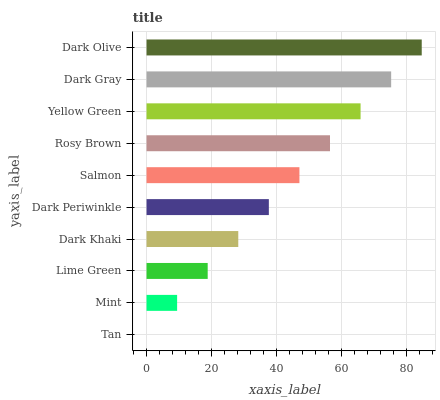
| yaxis_label | bars |
 | --- | --- |
 | Tan | 0 |
 | Mint | 9.42 |
 | Lime Green | 18.8 |
 | Dark Khaki | 28.3 |
 | Dark Periwinkle | 37.7 |
 | Salmon | 47.1 |
 | Rosy Brown | 56.5 |
 | Yellow Green | 65.9 |
 | Dark Gray | 75.3 |
 | Dark Olive | 84.8 |